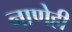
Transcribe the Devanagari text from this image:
नाणेही